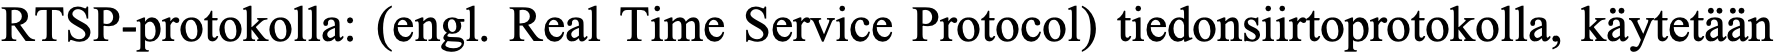
RTSP-protokolla: (engl. Real Time Service Protocol) tiedonsiirtoprotokolla, käytetään